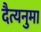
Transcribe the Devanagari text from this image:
दैत्यनुमा